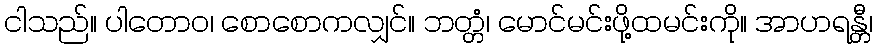
ငါသည်။ ပါတောဝ၊ စောစောကလျှင်။ ဘတ္တံ၊ မောင်မင်းဖို့ထမင်းကို။ အာဟရန္တီ၊